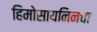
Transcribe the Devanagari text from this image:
हिमोसायनिनचा